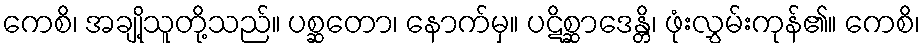
ကေစိ၊ အချို့သူတို့သည်။ ပစ္ဆတော၊ နောက်မှ။ ပဋိစ္ဆာဒေန္တိ၊ ဖုံးလွှမ်းကုန်၏။ ကေစိ၊